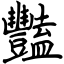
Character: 豔